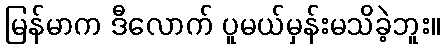
မြန်မာက ဒီလောက် ပူမယ်မှန်းမသိခဲ့ဘူး။